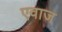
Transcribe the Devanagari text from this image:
एवाज